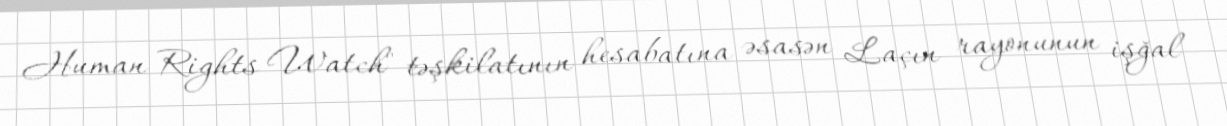
Human Rights Watch" təşkilatının hesabatına əsasən Laçın rayonunun işğal